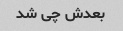
بعدش چی شد